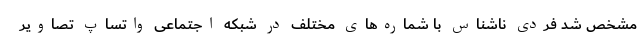
مشخص شد فردی ناشناس با شماره‌های مختلف در شبکه اجتماعی واتساپ تصاویر